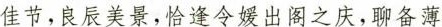
佳节，良辰美景，恰逢令媛出阁之庆，聊备薄